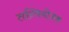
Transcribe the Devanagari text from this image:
तन्त्रियोजक